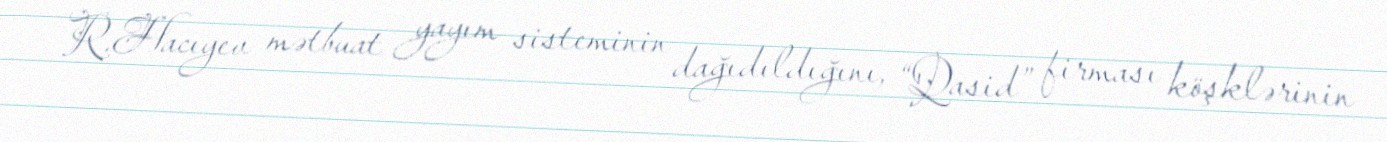
R.Hacıyev mətbuat yayım sisteminin dağıdıldığını, “Qasid” firması köşklərinin